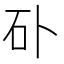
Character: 𥐚